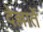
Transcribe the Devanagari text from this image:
देल्लार्ते